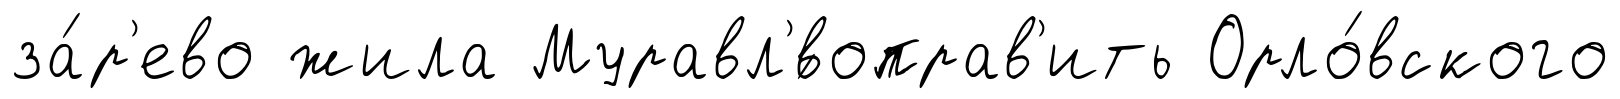
за́р'ево жила Муравл'́воправ'ить Орло́вского